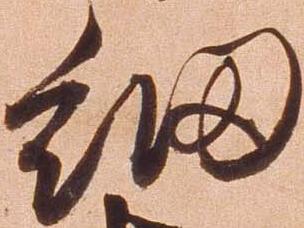
細